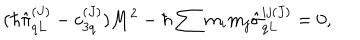
( \hbar \hat { \pi } _ { q L } ^ { ( J ) } - c _ { 3 q } ^ { ( J ) } ) M ^ { 2 } - \hbar \sum m _ { i } m _ { j } \hat { \sigma } _ { q L } ^ { i j ( J ) } = 0 ,